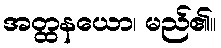
အတ္ထနယော၊ မည်၏။